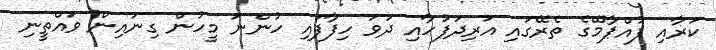
ކަރާއި ފުއްޕާމޭގެ ތެރޭގައި އަރިދަފުހާއި ދަވަ ހިފާފައި ހުންނަ މީހުން ގިނައިން ވައްތީނި